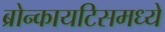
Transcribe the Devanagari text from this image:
ब्रोन्कायटिसमध्ये